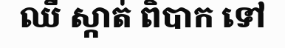
ឈឺ ស្កាត់ ពិបាក ទៅ